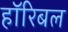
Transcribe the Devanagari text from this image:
हॉरिबल